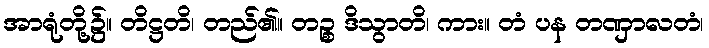
အာရုံတို့၌။ တိဋ္ဌတိ၊ တည်၏။ တဉ္စ ဒိသွာတိ၊ ကား။ တံ ပန တဏှာလတံ၊